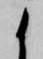
候